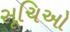
સૂચિઓ